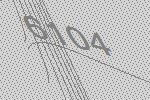
6104